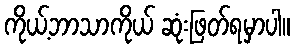
ကိုယ့်ဘာသာကိုယ် ဆုံးဖြတ်ရမှာပါ။